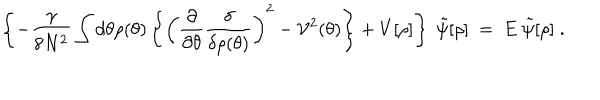
\left\{ - \frac { \gamma } { 8 N ^ { 2 } } \int d \theta \rho ( \theta ) \left\{ \left( \frac { \partial } { \partial \theta } \frac { \delta } { \delta \rho ( \theta ) } \right) ^ { 2 } - { \cal V } ^ { 2 } ( \theta ) \right\} + V [ \rho ] \right\} ~ \tilde { \psi } [ \rho ] ~ = ~ E ~ \tilde { \psi } [ \rho ] \; .